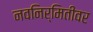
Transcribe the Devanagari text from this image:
नवनिर्मितीवर